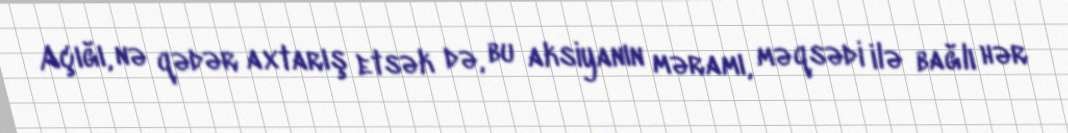
Açığı, nə qədər axtarış etsək də, bu aksiyanın məramı, məqsədi ilə bağlı hər